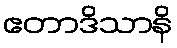
ဧတာဒိသာနိ